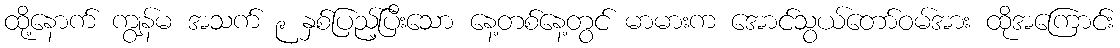
ထို့နောက် ကျွန်မ အသက် ၉ နှစ်ပြည့်ပြီးသော နေ့တစ်နေ့တွင် မာမားက အောင်သွယ်တော်ဝမ်အား ထိုအကြောင်း